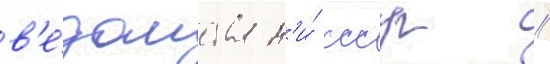
в'е́домства н'и́ ссср /